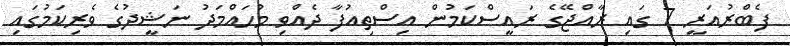
ފެބްރުއަރީ 7 ގައި ރާއްޖޭގެ ރައީސްކަމުން އިސްތިއުފާ ދެއްވި މުހައްމަދު ނަޝީދުގެ ވެރިކަމުގައި